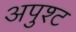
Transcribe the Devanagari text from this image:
अपुश्ट